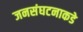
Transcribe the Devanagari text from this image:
जनसंघटनाकडे